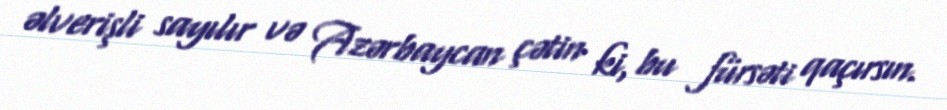
əlverişli sayılır və Azərbaycan çətin ki, bu fürsəti qaçırsın.